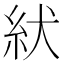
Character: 紎